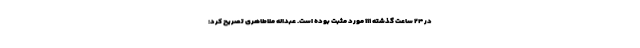
در ۲۴ ساعت گذشته ۱۱۱ مورد مثبت بوده است. عبداله ملاطاهری تصریح کرد: